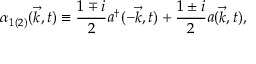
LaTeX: { \alpha } _ { 1 ( 2 ) } ( { \vec { k } } , t ) \equiv \frac { 1 \mp i } { 2 } a ^ { \dagger } ( - { \vec { k } } , t ) + \frac { 1 \pm i } { 2 } a ( { \vec { k } } , t ) ,